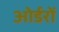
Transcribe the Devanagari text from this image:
ओर्डरों